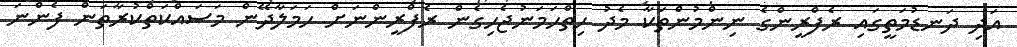
އަދި ދަނޑުމަތީގައި ރެފްރީންގެ ނިންމުންތަކާ މެދު ހިތްހަމަނުޖެހިގެން ރެފްރީންނަށް ހަމަލާދޭން މަސައްކަތްކުރާތަން ފެންނަ